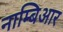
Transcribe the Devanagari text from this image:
नाम्बिआर